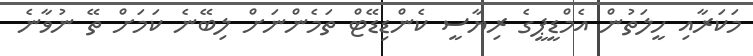
މަކަރާއި ހީލަތުން އެމްޑީޕީގެ ރިޔާސީ ކެންޑިޑޭޓް ތަމެންނަށް ލިބޭނެ ކަމަށް ތޭ ނުވާނެ